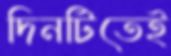
দিনটিতেই